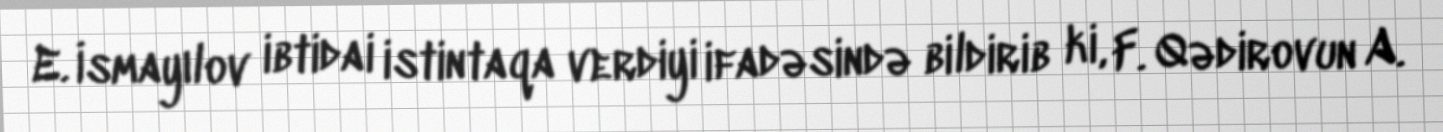
E. İsmayılov ibtidai istintaqa verdiyi ifadəsində bildirib ki, F. Qədirovun A.